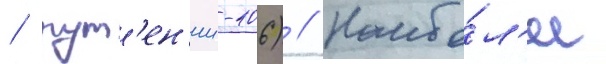
/ рут'ен'ии-106) // Наибо́л'ее